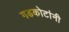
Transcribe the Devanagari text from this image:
गडकोटांनी